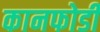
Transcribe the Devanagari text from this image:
कानफोडी